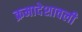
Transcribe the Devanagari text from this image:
क्रमादेशावली